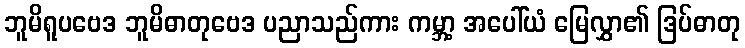
ဘူမိရူပဗေဒ ဘူမိဓာတုဗေဒ ပညာသည်ကား ကမ္ဘာ့ အပေါ်ယံ မြေလွှာ၏ ဒြပ်ဓာတု